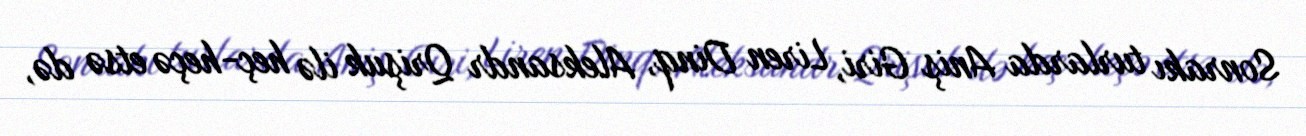
Sonrakı turlarda Aniş Giri, Liren Dinq, Aleksandr Qrişuk ilə heç-heçə etsə də,